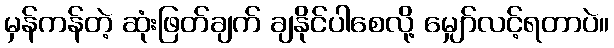
မှန်ကန်တဲ့ ဆုံးဖြတ်ချက် ချနိုင်ပါစေလို့ မျှော်လင့်ရတာပဲ။